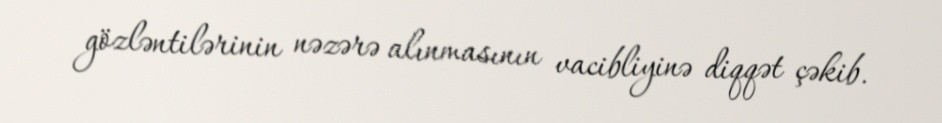
gözləntilərinin nəzərə alınmasının vacibliyinə diqqət çəkib.